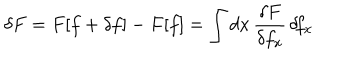
\delta F = F [ f + \delta f ] - F [ f ] = \int d x \, \frac { \delta F } { \delta f _ { x } } \, \delta \! f _ { x }